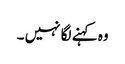
وہ کہنے لگا نہیں ۔